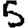
Digit: 5